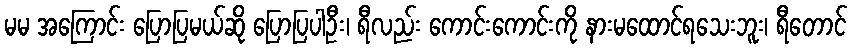
မမ အကြောင်း ပြောပြမယ်ဆို ပြောပြပါဦး၊ ရီလည်း ကောင်းကောင်းကို နားမထောင်ရသေးဘူး၊ ရီတောင်